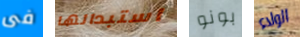
فى استبدالها بونو الولاء